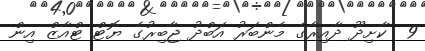
9  ކާށިދޫ ދާއިރާގެ މެންބަރު އަބްދު ޖާބިރުގެ ޔޮޓް ޓްއާޒް އިން